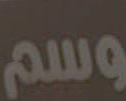
وسم